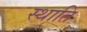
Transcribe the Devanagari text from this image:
स्थाति